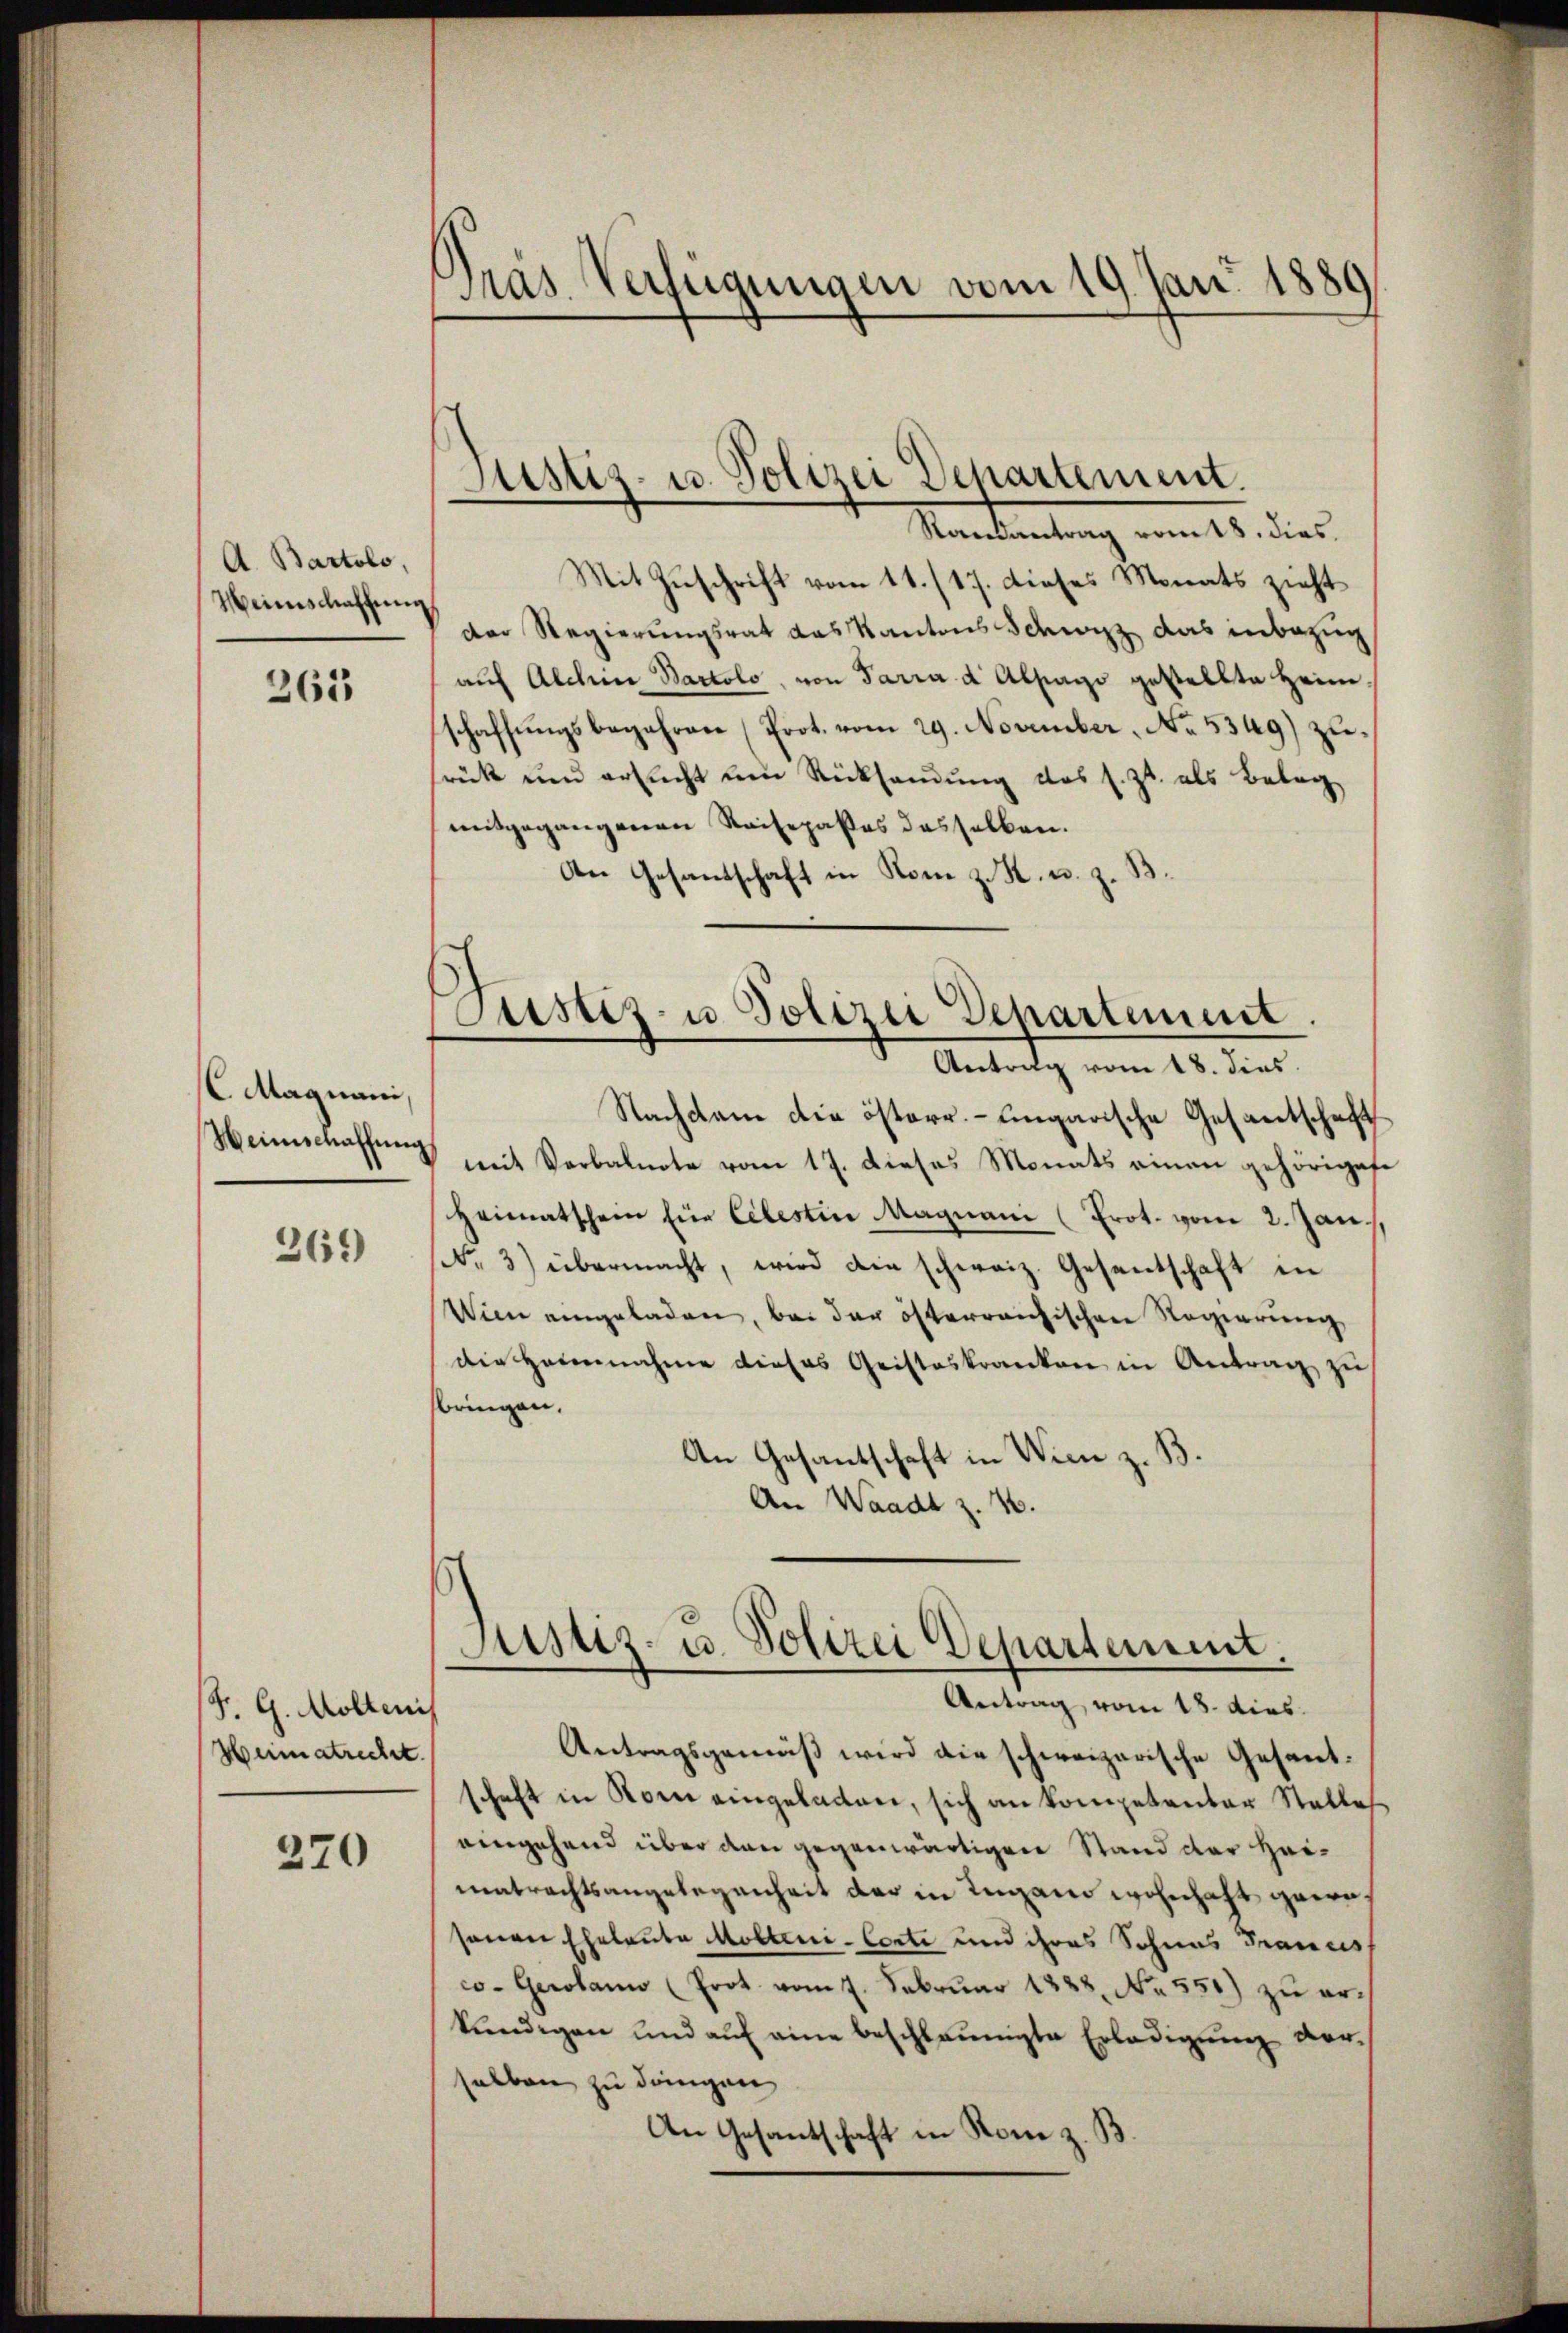
A. Bartolo,
Weinschaffung

265

CMagnani.
Weinschaffung

269)

F. G. Mölleni
Heimatrecht.

270

Präs. Verfügungen vom 19. Jan. 1889

Justiz- u. Polizei Departement.

Justiz- u Polizei Departement
Antrag vom 18. dies

Randantrag vom 18. dies
Mit Zuschrift vom 11. /17. dieses Monats zieht
der Regierungsrat das Kantons Schwyz das inbezug
auf Alchine Bartolo, von Parrad Absage gestellte Heimschaffungsbegehren (Prot. vom 29. November. No. 5349) zurück und ersucht ein Rücksendung das s. Zt. als Belag
mitgegangenen Reisepaßes desselben.
An Gesandschaft in Rom z. K. u. z. B.
Nachdem die österr.-ungarische Gesantschaft
mit Verbalnote vom 17. dieses Monats einen gehörigese
Heimatschein für Celestive Magnani (Erot. vom 2. Jan
No. 3) übermacht, wird die schweiz. Gesantschaft in
Wien angeladen, bei der österreichischen Regierung
die Heinnahme dieses Geisteskranken in Antrag zu
bringen.
An Gesantschaft in Wien z. B.
An Waadt z. 16.

Antragsgemäß wird die schweizerische Gesantschaft in Korn eingeladen, sich an kompetenter Stalles
eingehend über den gegenwärtigen Stand der Heimatrechtsangelegenheit der in Lugano wohnhaft garre
senen Eheleute Mölleni-Corti und ihres Sohnes Francis
co-Gerolann (Prot. vom 7. Februar 1828. No. 551) zu erkundigen und aŭf eine beschleunigte Erledigŭng ver-
selben zu dringen
An Gesantschaft in Rom z. B.

Justiz- u. Polizei Departement.
Antrag vom 18. dies